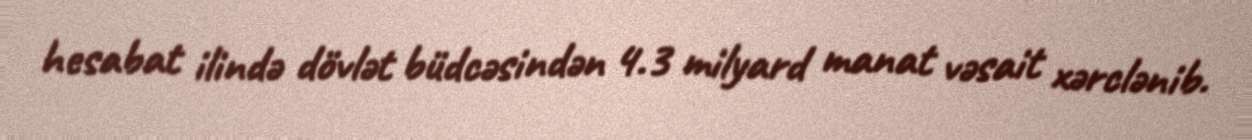
hesabat ilində dövlət büdcəsindən 4.3 milyard manat vəsait xərclənib.